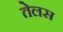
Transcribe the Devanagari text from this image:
तेलस